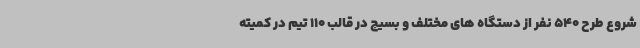
شروع طرح 540 نفر از دستگاه های مختلف و بسیج در قالب 110 تیم در کمیته